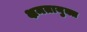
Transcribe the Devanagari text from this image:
क्षमतायुक्त